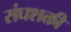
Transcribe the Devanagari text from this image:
संघशक्ती